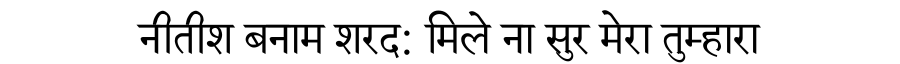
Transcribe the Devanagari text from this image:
नीतीश बनाम शरद: मिले ना सुर मेरा तुम्हारा